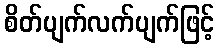
စိတ်ပျက်လက်ပျက်ဖြင့်